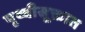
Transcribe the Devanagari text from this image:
पृथ्वीसूक्तात